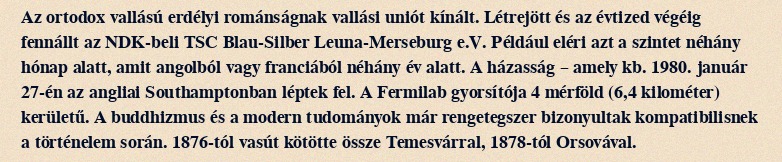
Az ortodox vallású erdélyi románságnak vallási uniót kínált. Létrejött és az évtized végéig fennállt az NDK-beli TSC Blau-Silber Leuna-Merseburg e.V. Például eléri azt a szintet néhány hónap alatt, amit angolból vagy franciából néhány év alatt. A házasság – amely kb. 1980. január 27-én az angliai Southamptonban léptek fel. A Fermilab gyorsítója 4 mérföld (6,4 kilométer) kerületű. A buddhizmus és a modern tudományok már rengetegszer bizonyultak kompatibilisnek a történelem során. 1876-tól vasút kötötte össze Temesvárral, 1878-tól Orsovával.